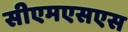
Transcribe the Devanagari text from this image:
सीएमएसएस